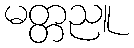
မတ္တညူ